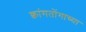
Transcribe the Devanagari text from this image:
क्वांगतोंगाच्या